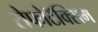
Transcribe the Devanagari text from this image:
सेफोटॅक्सिम